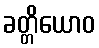
ခတ္တိယောဝ